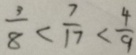
\frac { 3 } { 8 } < \frac { 7 } { 1 7 } < \frac { 4 } { 9 }